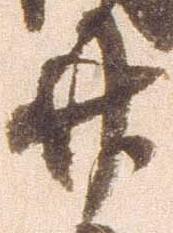
廿